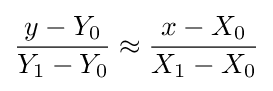
{\frac {y-Y_{0}}{Y_{1}-Y_{0}}}\approx {\frac {x-X_{0}}{X_{1}-X_{0}}}